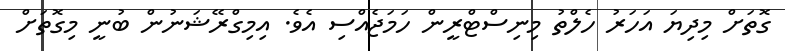
ގޮތަށް މިދިޔަ އަހަރު ހެލްތު މިނިސްޓްރީން ހަމަޖެއްސި އެވެ. އިމިގްރޭޝަނުން ބުނީ މިގޮތަށް